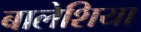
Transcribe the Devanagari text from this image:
बालेशिया